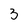
Character: 3